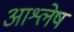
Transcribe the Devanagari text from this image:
आश्लेष